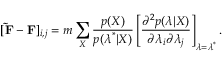
[ \mathbf { \tilde { F } } - \mathbf { F } ] _ { i , j } = m \sum _ { X } \frac { p ( X ) } { p ( \boldsymbol { \lambda } ^ { * } | X ) } \left[ \frac { \partial ^ { 2 } p ( \boldsymbol { \lambda } | X ) } { \partial \lambda _ { i } \partial \lambda _ { j } } \right] _ { \boldsymbol { \lambda } = \boldsymbol { \lambda } ^ { * } } .